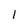
Character: 1